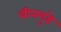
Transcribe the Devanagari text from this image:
बीनगुडे